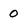
Character: 0